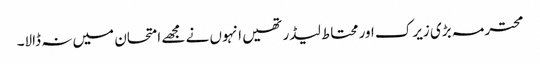
محترمہ بڑی زیرک اور محتاط لیڈر تھیں انہوں نے مجھے امتحان میں نہ ڈالا۔